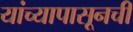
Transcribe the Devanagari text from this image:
यांच्यापासूनची